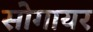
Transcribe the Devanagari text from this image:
सोगायर